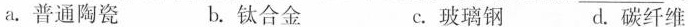
a。普通陶瓷 b。钛合金 C.玻璃钢 d。碳纤维